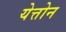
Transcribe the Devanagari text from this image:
येत्तोन